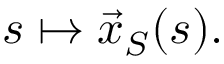
s \mapsto { \vec { x } } _ { S } ( s ) .